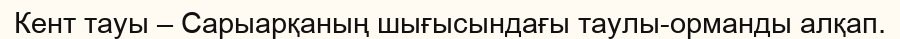
Кент тауы – Сарыарқаның шығысындағы таулы-орманды алқап.